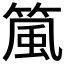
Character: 𬕜